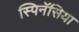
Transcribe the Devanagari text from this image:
स्पिनॅसिया